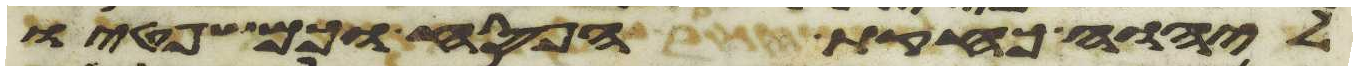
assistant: ליהוה כחקות הפסח וכמשפטיו